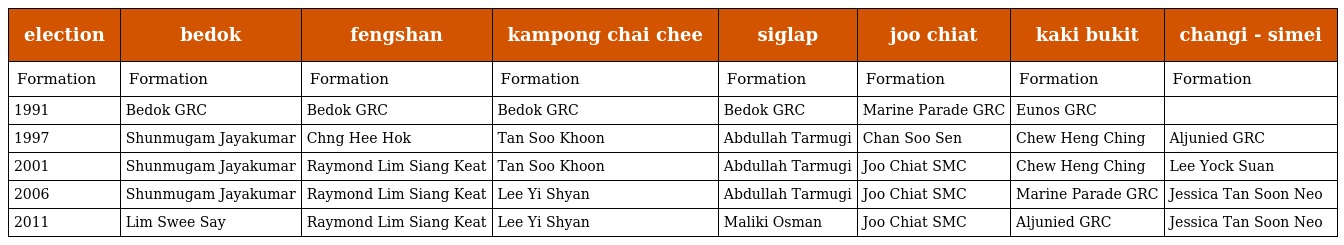
| election | bedok | fengshan | kampong chai chee | siglap | joo chiat | kaki bukit | changi - simei |
 | --- | --- | --- | --- | --- | --- | --- | --- |
 | Formation | Formation | Formation | Formation | Formation | Formation | Formation | Formation |
 | 1991 | Bedok GRC | Bedok GRC | Bedok GRC | Bedok GRC | Marine Parade GRC | Eunos GRC |  |
 | 1997 | Shunmugam Jayakumar | Chng Hee Hok | Tan Soo Khoon | Abdullah Tarmugi | Chan Soo Sen | Chew Heng Ching | Aljunied GRC |
 | 2001 | Shunmugam Jayakumar | Raymond Lim Siang Keat | Tan Soo Khoon | Abdullah Tarmugi | Joo Chiat SMC | Chew Heng Ching | Lee Yock Suan |
 | 2006 | Shunmugam Jayakumar | Raymond Lim Siang Keat | Lee Yi Shyan | Abdullah Tarmugi | Joo Chiat SMC | Marine Parade GRC | Jessica Tan Soon Neo |
 | 2011 | Lim Swee Say | Raymond Lim Siang Keat | Lee Yi Shyan | Maliki Osman | Joo Chiat SMC | Aljunied GRC | Jessica Tan Soon Neo |